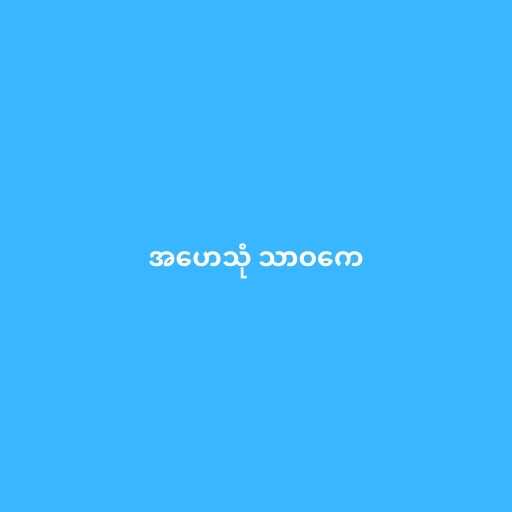
အဟေသုံ သာဝကေ